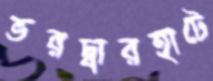
ভরদ্বারহাটে